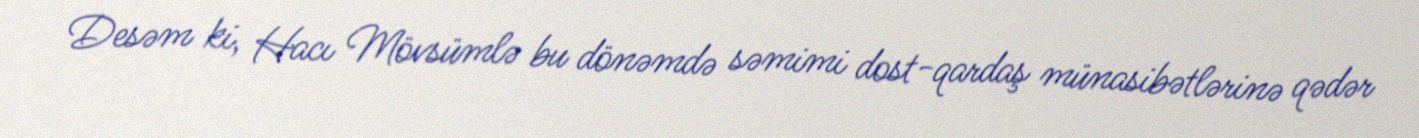
Desəm ki, Hacı Mövsümlə bu dönəmdə səmimi dost-qardaş münasibətlərinə qədər